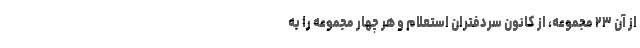
از آن ۲۳ مجموعه، از کانون سردفتران استعلام و هر چهار مجموعه‌ را به